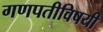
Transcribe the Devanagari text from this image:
गणपतीविषयी